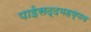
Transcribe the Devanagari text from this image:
पाईसद्दमहष्णव